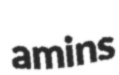
amins